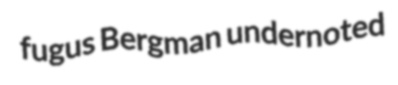
fugus Bergman undernoted